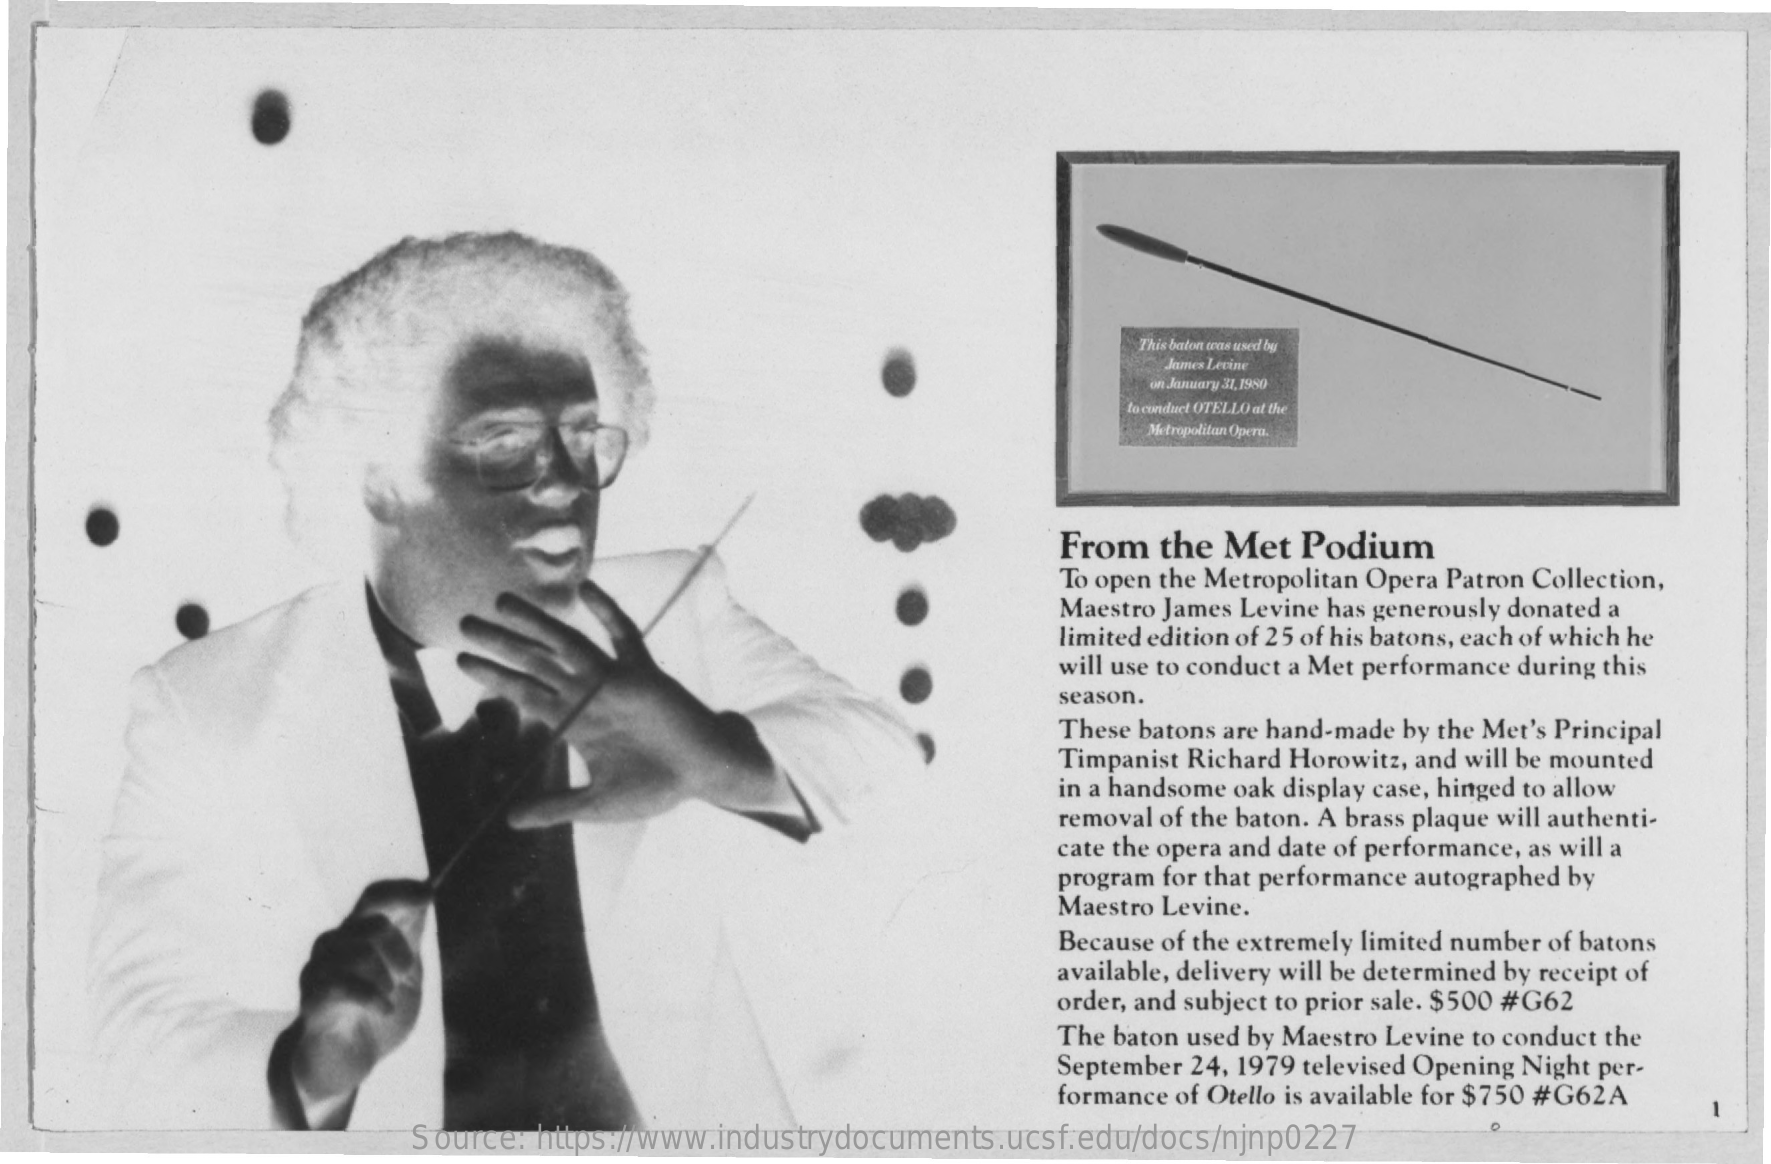
This baton was used by
     James Levine
     on January 31,1980
     to conduct OTELLO at the
     Metropolitan Opera.
     From  the Met  Podium
     To open the Metropolitan Opera Patron Collection,
     Maestro James Levine has generously donated a
     limited edition of 25 of his batons, each of which he
     will use to conduct a Met performance during this
     season.
     These batons are hand-made by the Met's Principal
     Timpanist Richard Horowitz, and will be mounted
     in a handsome oak display case, hinged to allow
     removal of the baton. A brass plaque will authenti-
     cate the opera and date of performance, as will a
     program for that performance autographed by
     Maestro Levine.
     Because of the extremely limited number of batons
     available, delivery will be determined by receipt of
     order, and subject to prior sale. $500 #G62
     The baton used by Maestro Levine to conduct the
     September 24, 1979 televised Opening Night per-
     formance of Otello is available for $750 #G62A
     Source: https://www.industrydocuments.ucsf.edu/docs/njnp0227